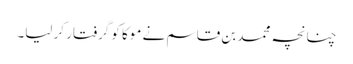
چنانچہ محمد بن قاسم نے موکا کو گرفتار کر لیا۔